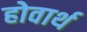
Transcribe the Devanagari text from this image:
होवार्थ